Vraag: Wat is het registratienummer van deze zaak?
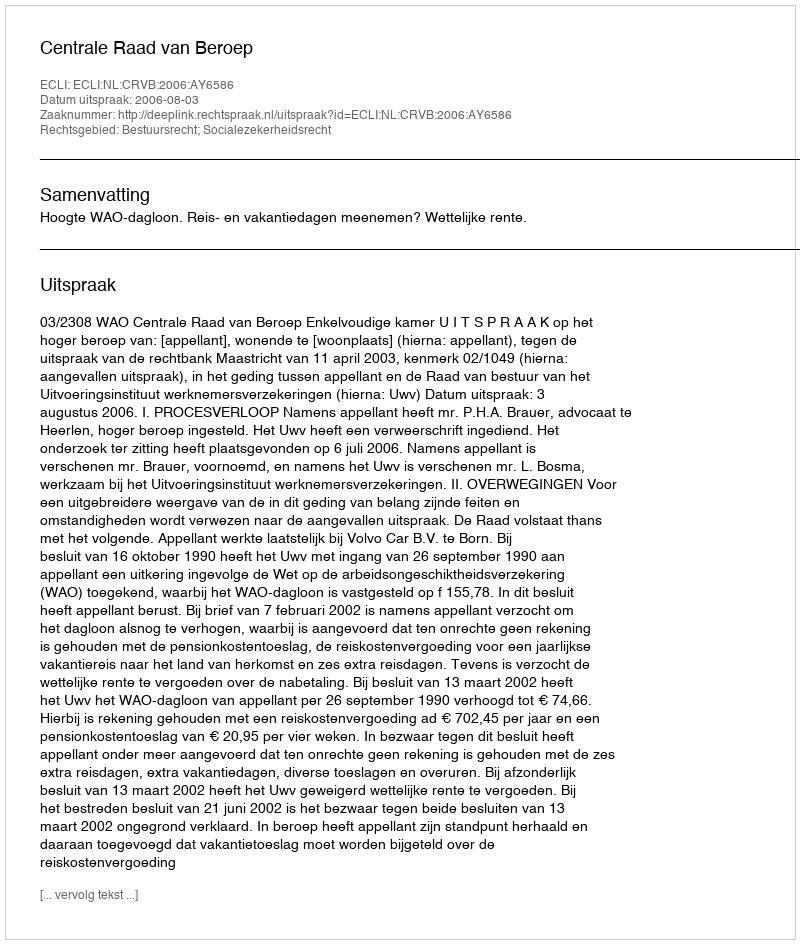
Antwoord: http://deeplink.rechtspraak.nl/uitspraak?id=ECLI:NL:CRVB:2006:AY6586